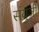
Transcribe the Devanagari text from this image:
संयुजी